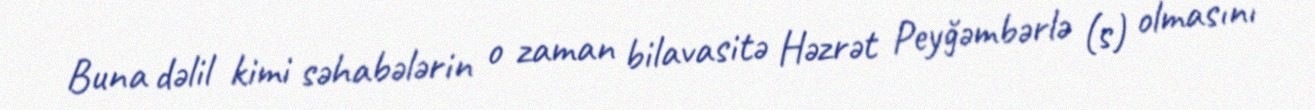
Buna dəlil kimi səhabələrin o zaman bilavasitə Həzrət Peyğəmbərlə (s) olmasını